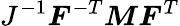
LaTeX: J^{-1}{\boldsymbol{F}}^{-T}{\boldsymbol{M}}{\boldsymbol{F}}^{T}